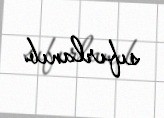
sıfırlanıb.